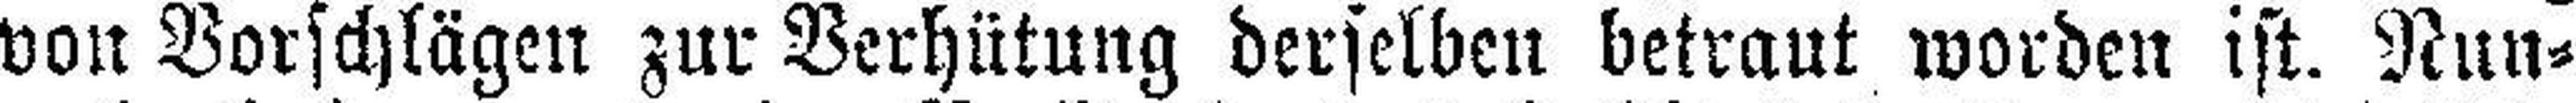
von Vorschlägen zur Verhütung derselben betraut worden ist. Nun¬